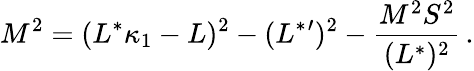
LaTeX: M^{2}=(L^{*}\kappa_{1}-L)^{2}-(L^{*}{}^{\prime})^{2}-{\frac{M^{2}S^{2}}{(L^{*})^{2}}}\, .